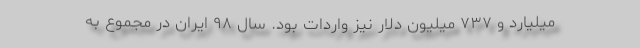
میلیارد و ۷۳۷ میلیون دلار نیز واردات بود. سال ۹۸ ایران در مجموع به